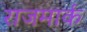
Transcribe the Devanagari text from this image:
राजमार्क